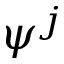
\psi ^ { j }